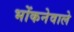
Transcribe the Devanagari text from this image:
भोंकनेवाले